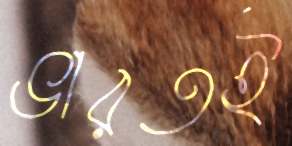
ভারতই